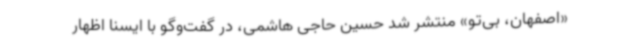
«اصفهان، بی‌تو» منتشر شد حسین حاجی هاشمی، در گفت‌وگو با ایسنا اظهار